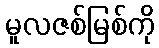
မူလဇစ်မြစ်ကို